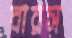
বারস